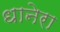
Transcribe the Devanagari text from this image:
धानेरा